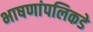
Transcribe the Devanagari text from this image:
भाषणांपलिकडे